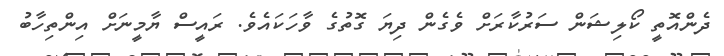
ދެންއޮތީ ކޯލިޝަން ސަރުކާރަށް ވެގެން ދިޔަ ގޮތުގެ ވާހަކައެވެ. ރައީސް ޔާމީނަށް އިންތިހާބު